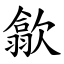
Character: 歙